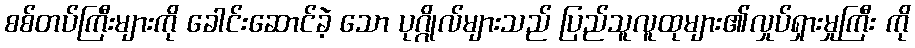
စစ်တပ်ကြီးများကို ခေါင်းဆောင်ခဲ့ သော ပုဂ္ဂိုလ်များသည် ပြည်သူလူထုများ၏လှုပ်ရှားမှုကြီး ကို